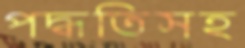
পদ্ধতিসহ